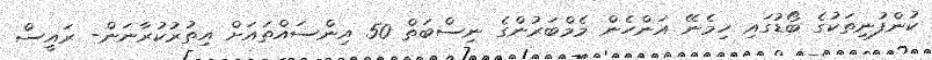
ކުންފުނިތަކުގެ ބޯޑުގައި ހިމެނޭ އަންހެން މެމްބަރުންގެ ނިސްބަތް 50 އިންސައްތައަށް އިތުރުކުރާނަން- ރައީސް